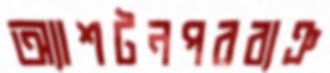
অ্যাশটনপরব্যঞ